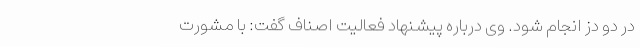
در دو دُز انجام شود. وی درباره پیشنهاد فعالیت اصناف گفت: با مشورت